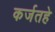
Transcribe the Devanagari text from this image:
कर्जतहे